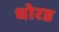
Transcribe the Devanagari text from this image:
धोरड